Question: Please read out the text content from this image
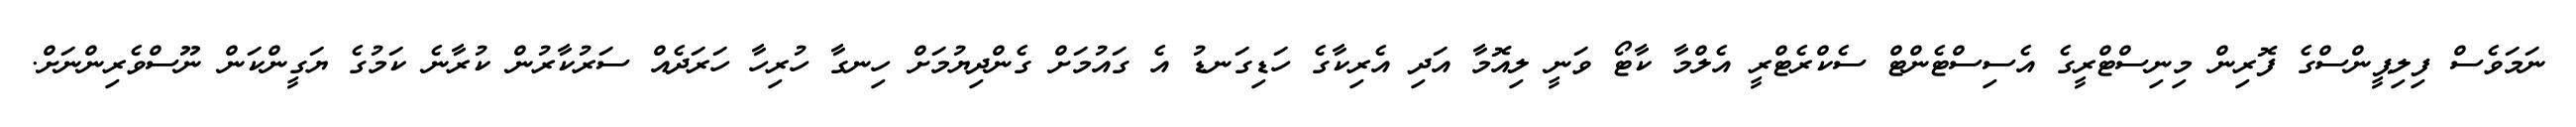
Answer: ނަމަވެސް ފިލިޕީންސްގެ ފޮރިން މިނިސްޓްރީގެ އެސިސްޓެންޓް ސެކްރެޓްރީ އެލްމާ ކާޓޯ ވަނީ ލިއޮމާ އަދި އެރިކާގެ ހަޑިގަނޑު އެ ގައުމަށް ގެންދިޔުމަށް ހިނގާ ހުރިހާ ހަރަދެއް ސަރުކާރުން ކުރާނެ ކަމުގެ ޔަގީންކަން ނޫސްވެރިންނަށް.